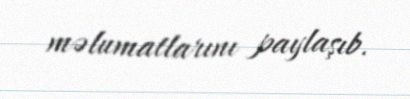
məlumatlarını paylaşıb.